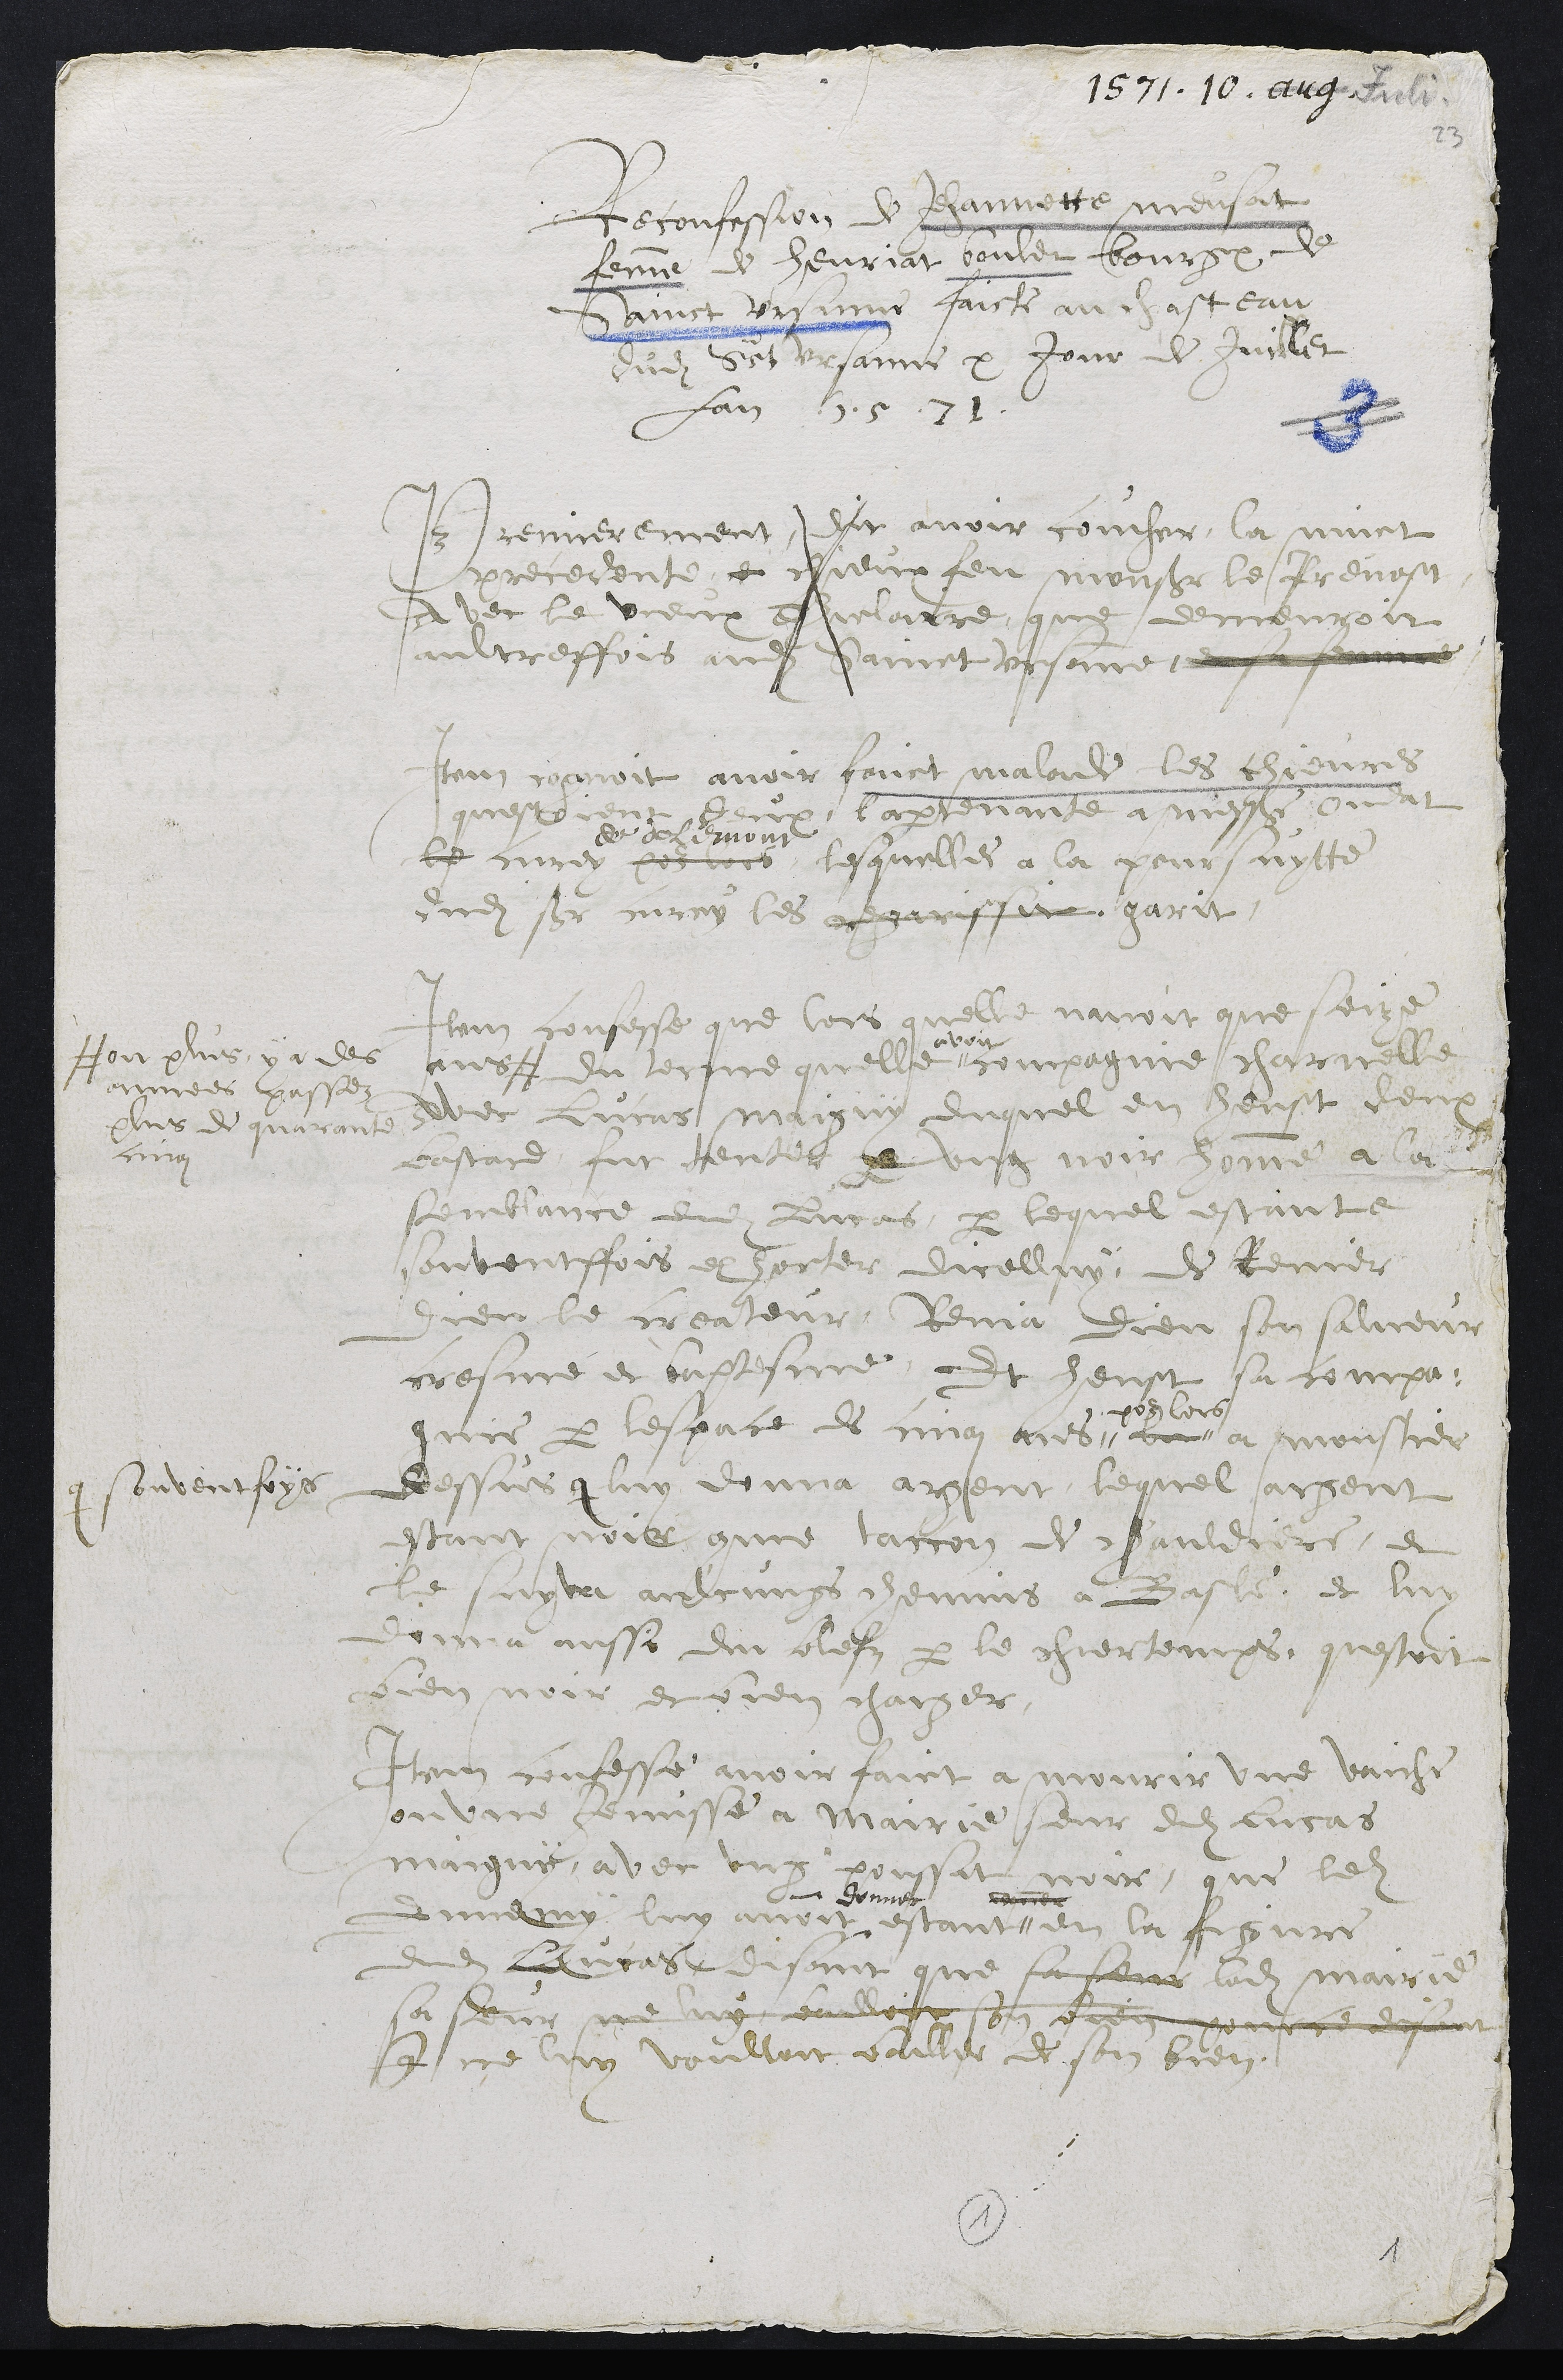
1571. 10. aug. Juli
Reconfession de Jehannette meusat
femme de henriat voulet bourgeois de
Sainct Ursanne faicte au chasteau
dudit Sainct Ursanne x Jour de Juillet
Lan 1571.
Premierement dit avoir coucher la nuict
precedente et chieux feu monsieur le Prevost
avec le vieux Thielaire que demeuroit
aultreffois audit Sainct Ursanne et sa femme
Item cognoit avoir faict malade les chievres
questoient deux, l appartenante a messire Oudat
le curey
de delemont
lesquelles a la poursuytte
dudit sieur curey les regarissit garit.
Item confesse que lors quelle navoit que seize
ans #
# ou plus, y a des
annees passez
plus de quarante
cinq
du terme quelle
avoit
compagnie charnelle
avec Lucas maiguy, duquel en heust deux
bastard, fut tenter par ung noir homme a la
semblance dudit Lucas, par lequel estante
souventffois exhorter dicelluy, de Renier
dieu le createur, Renia dieu son salveur
cresme et baptesme, Et heust sa compa :
gnie par lespace de cinq ans "
pour lors
bon a moustier
dessus q
q souventfoys
luy donna argent, lequel argent
estant noir comme taccon de chauldiere, et
le suyva aulcungs chemins a Basle, et luy
donna aussi du blefz par le chertemps, questoit
bien noir et bien charger.
Item confesse avoir faict a mourir une vaiche
ou une jemisse a Mairie seur dudit Lucas
maiguy, avec ung poussat noir que ledit
ennemy luy avoit
- donner
estant "
comme
en la figure
dudit Lucas, disant que sa seur ladite mairie
sa seur ne luy bailloit son bien pour ce disant
que ne luy voulloit bailler de son bien.